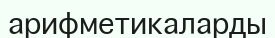
арифметикаларды